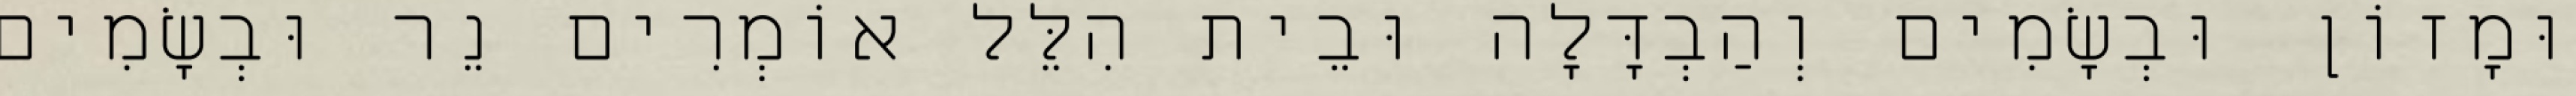
וּמָזוֹן וּבְשָׂמִים וְהַבְדָּלָה וּבֵית הִלֵּל אוֹמְרִים נֵר וּבְשָׂמִים